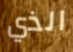
الذي